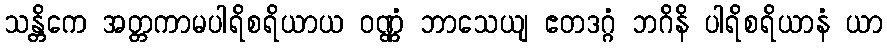
သန္တိကေ အတ္တကာမပါရိစရိယာယ ဝဏ္ဏံ ဘာသေယျ ဧတဒဂ္ဂံ ဘဂိနိ ပါရိစရိယာနံ ယာ